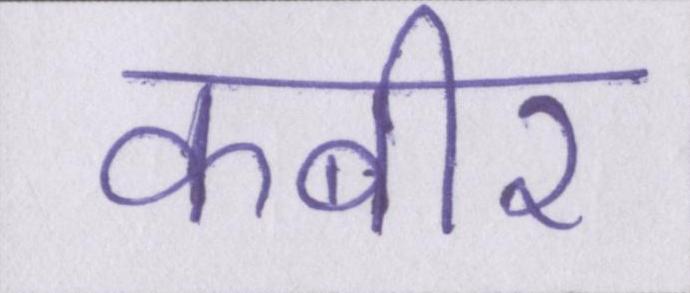
कबीर